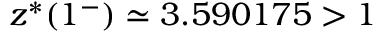
z ^ { * } ( 1 ^ { - } ) \simeq 3 . 5 9 0 1 7 5 > 1